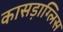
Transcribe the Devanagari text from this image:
कासड़ाग्लिस